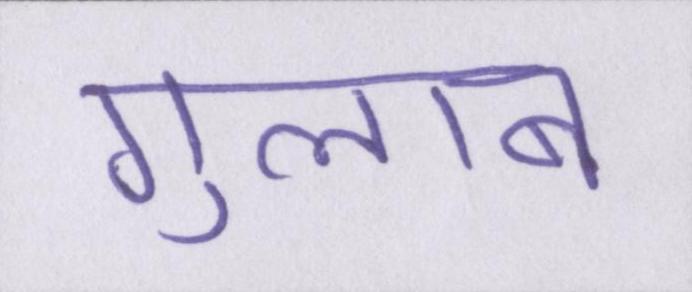
गुलाब